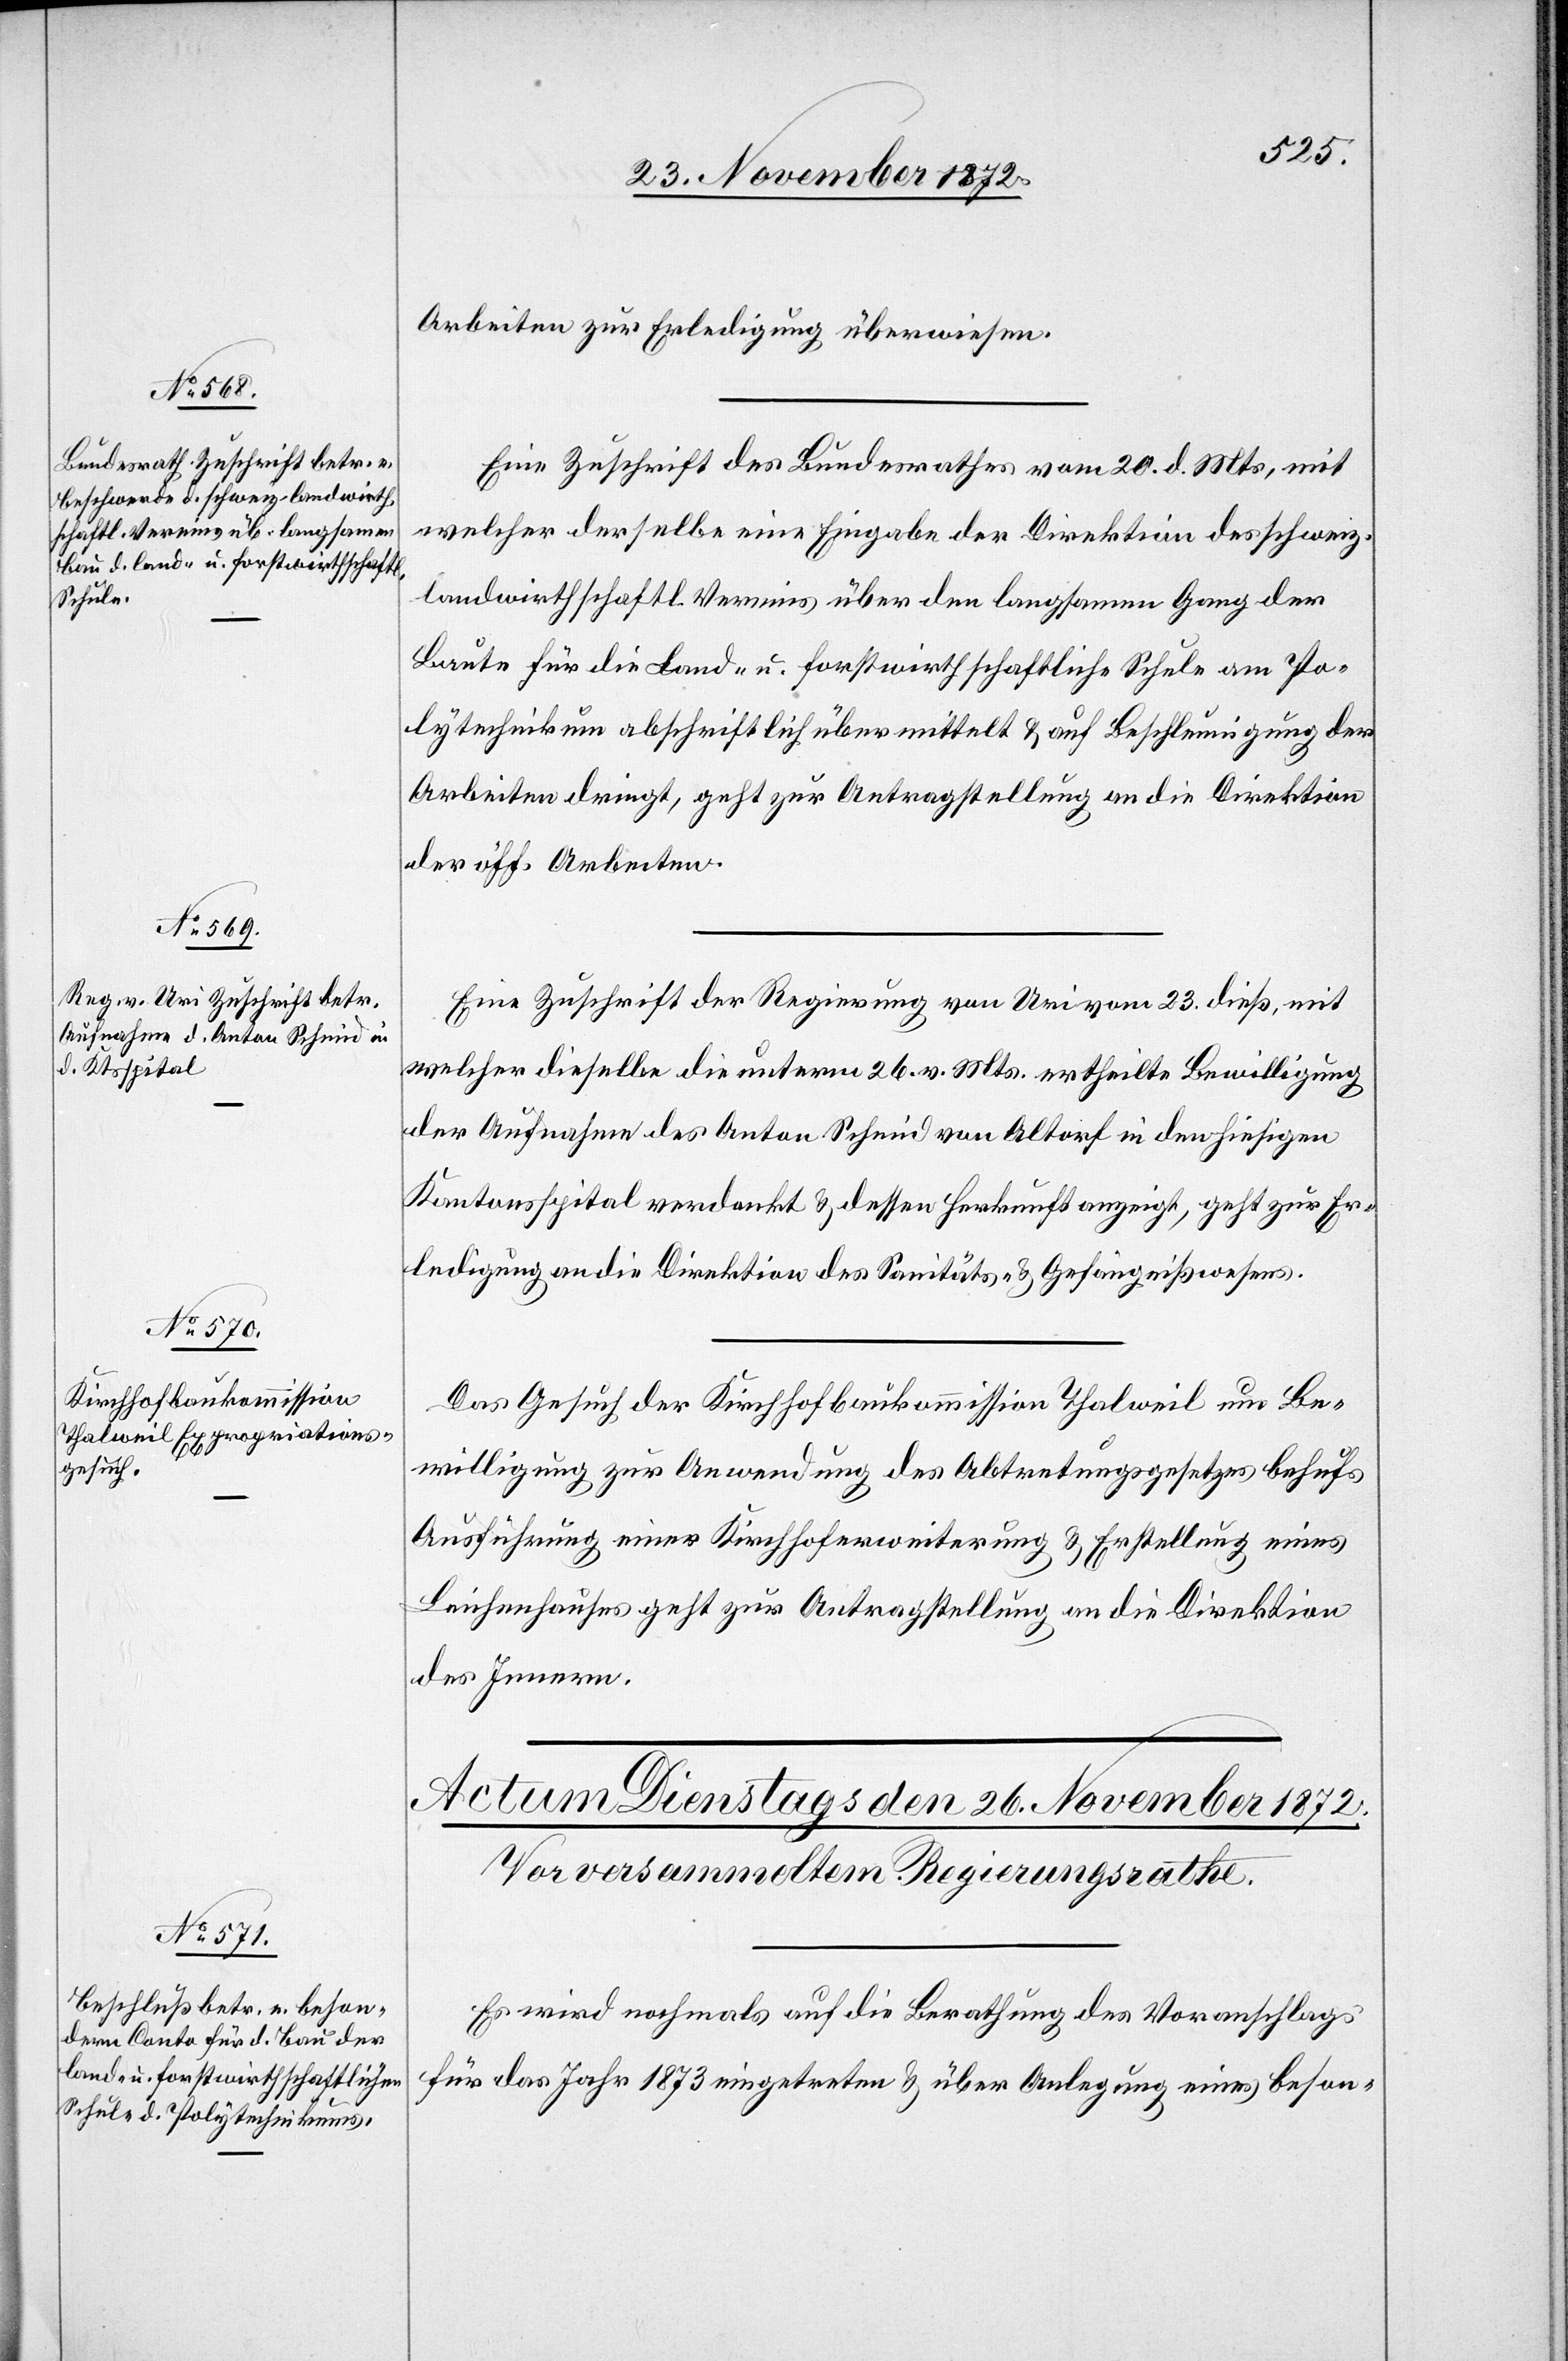
25. November 1872.]
Arbeiten zur Erledigung überwiesen.
Eine Zuschrift des Bundesrathes vom 20. d. Mts., mit
welcher derselbe eine Eingabe der Direktion des schweiz.
landwirthschaftl. Vereins über den langsamen Gang der
Baute für die land- u. forstwirthschaftliche Schule am Po¬
lytechnikum abschriftlich übermittelt u. auf Beschleunigung der
Arbeiten dringt, geht zur Antragstellung an die Direktion
der öff. Arbeiten.
Eine Zuschrift der Regierung von Uri vom 23. dieß, mit
welcher dieselbe die unterm 26. v. Mts. ertheilte Bewilligung
der Aufnahme des Anton Schmid von Altorf in den hiesigen
Kantonsspital verdankt u. dessen Herkunft anzeigt, geht zur Er¬
ledigung an die Direktion des Sanitäts- u. Gefängnißwesens.
Das Gesuch der Kirchhofbaukommission Thalweil um Be¬
willigung zur Anwendung des Abtretungsgesetzes behufs
Ausführung einer Kirchhoferweiterung u. Erstellung eines
Leichenhauses geht zur Antragstellung an die Direktion
des Innern.
Es wird nochmals auf die Berathung des Voranschlags
für das Jahr 1873 eingetreten u. über Anlegung eines beson-